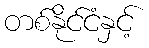
တစ်နိုင်ငံနှင့်